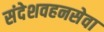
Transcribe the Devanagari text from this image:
संदेशवहनसेवा